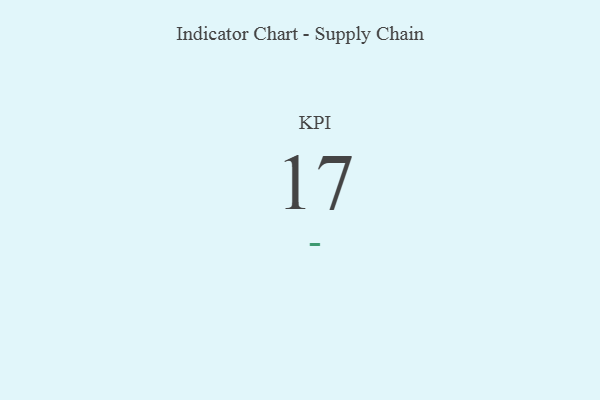
{"axis": {"x": "KPI", "y": "Value"}, "legend": [""], "data": [{"x": "KPI", "y": 17, "type": ""}]}